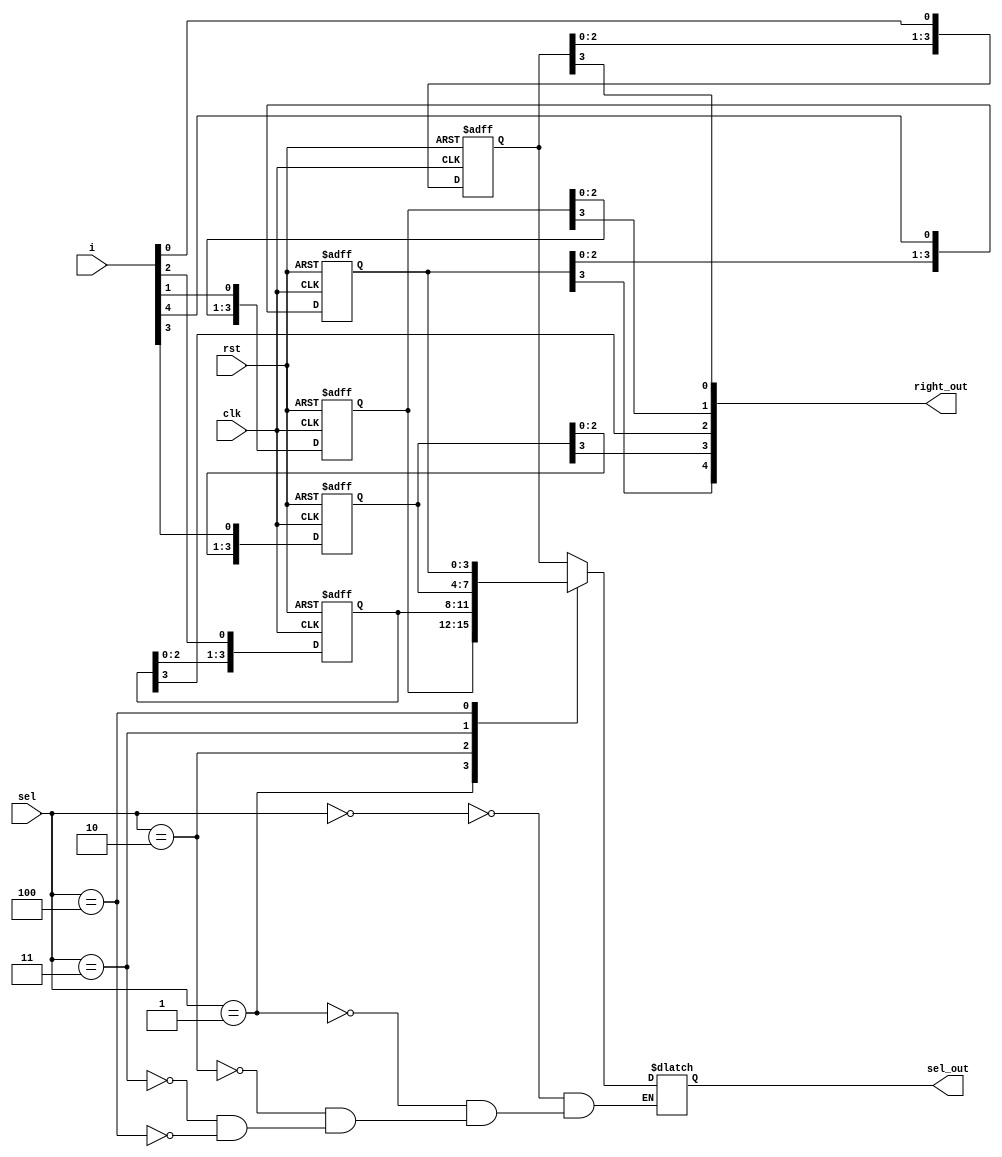
// Generated by MyHDL 0.8


`timescale 1ns/10ps

module LEDShift (
    clk,
    rst,
    i,
    sel,
    sel_out,
    right_out
);


input clk;
input rst;
input [4:0] i;
input [4:0] sel;
output [3:0] sel_out;
reg [3:0] sel_out;
output [4:0] right_out;
wire [4:0] right_out;

reg [3:0] a;
reg [3:0] c;
reg [3:0] b;
reg [3:0] e;
reg [3:0] d;





always @(posedge clk, posedge rst) begin: LEDSHIFT_SHIFTER
    if (rst == 1) begin
        a <= 0;
        c <= 0;
        b <= 0;
        e <= 0;
        d <= 0;
    end
    else begin
        a[4-1:1] <= a[3-1:0];
        a[0] <= i[0];
        b[4-1:1] <= b[3-1:0];
        b[0] <= i[1];
        c[4-1:1] <= c[3-1:0];
        c[0] <= i[2];
        d[4-1:1] <= d[3-1:0];
        d[0] <= i[3];
        e[4-1:1] <= e[3-1:0];
        e[0] <= i[4];
    end
end


always @(a, c, b, e, d, sel) begin: LEDSHIFT_SELECTOR
    case (sel)
        'h0: begin
            sel_out = a;
        end
        'h1: begin
            sel_out = b;
        end
        'h2: begin
            sel_out = c;
        end
        'h3: begin
            sel_out = d;
        end
        'h4: begin
            sel_out = e;
        end
    endcase
end



assign right_out = {e[3], d[3], c[3], b[3], a[3]};

endmodule